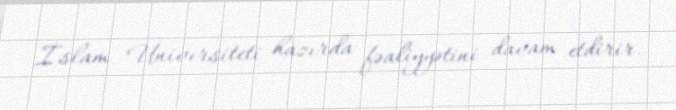
İslam Universiteti hazırda fəaliyyətini davam etdirir.